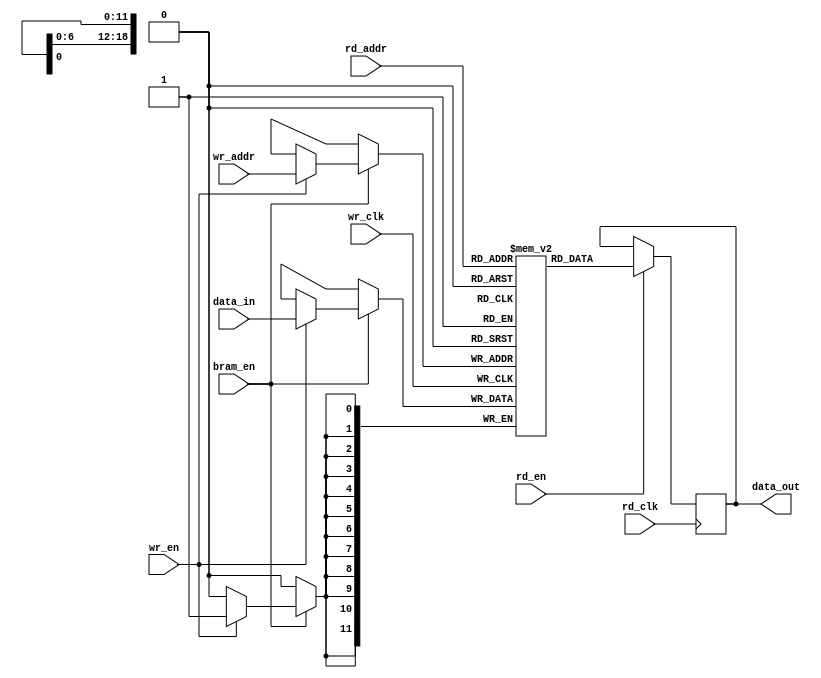
`timescale 1ns / 1ps
//////////////////////////////////////////////////////////////////////////////////
// Company: 
// Engineer: 
// 
// Design Name: 
// Module Name: frame_buffer
// Project Name: 
// Target Devices: 
// Tool Versions: 
// Description: 
// 
// Dependencies: 
// 
// Revision:
// Revision 0.01 - File Created
// Additional Comments:
// 
//////////////////////////////////////////////////////////////////////////////////



/* frame_buffer is used to store data temperorly until it 
   is read.

   It has 640*480 rows. Each row is of 12-bit.
   
   Infer dual-port BRAM with dual clocks:
    https://docs.xilinx.com/v/u/2019.2-English/ug901-vivado-synthesis (page 126)*/
   
module frame_buffer 
 (
    input wire rd_clk,
    input wire rd_en,
    input wire [18:0] rd_addr,

    input wire wr_clk,
    input wire wr_en,
    input wire [18:0] wr_addr,

    input wire bram_en,
    input wire [11:0]data_in,
    output reg [11:0]data_out

);

// Declaring a ram.
localparam WIDTH = 12 ;
localparam DEPTH = 640*480;
reg [WIDTH - 1: 0]bram[0:DEPTH - 1];

  

// To read data from bram
always @(posedge rd_clk ) begin
        if(rd_en)
            data_out <= bram[rd_addr];
end
  


  
// To write data to ram.
always @(posedge wr_clk ) begin
        if(bram_en)
            if(wr_en)
                bram[wr_addr] <= data_in ;
end
    
endmodule